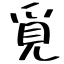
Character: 覓